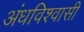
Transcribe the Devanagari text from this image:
अंधविश्‍वासी